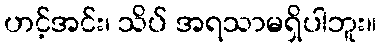
ဟင့်အင်း၊ သိပ် အရသာမရှိပါဘူး။